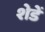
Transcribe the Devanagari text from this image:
शेडें